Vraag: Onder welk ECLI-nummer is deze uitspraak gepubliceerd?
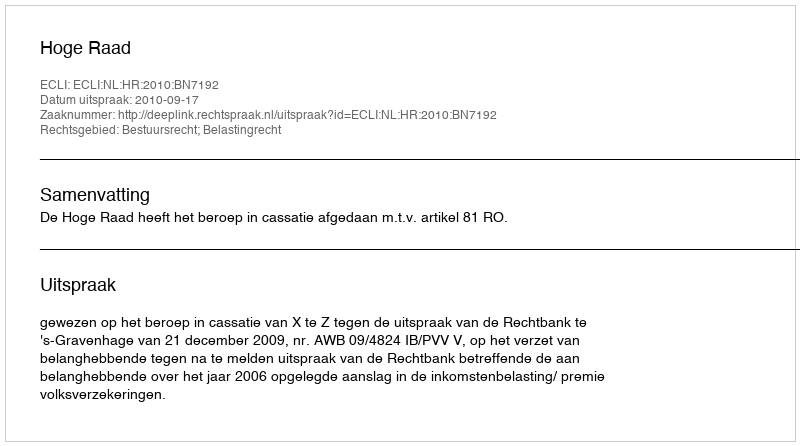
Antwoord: ECLI:NL:HR:2010:BN7192